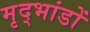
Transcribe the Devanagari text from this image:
मृद्भांडों